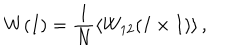
W ( I ) = \frac { 1 } { N } \langle W _ { 1 2 } ( I \times I ) \rangle \, ,